Vaccination in Bombay 1856-1862 - 1856-1862
Year: 1856
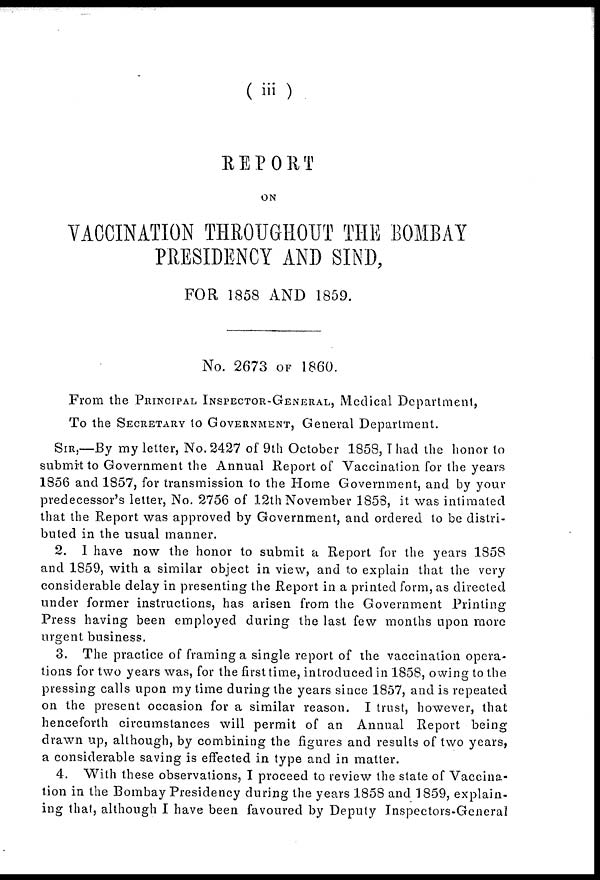
(iii)
REPORT
ON
VACCINATION THROUGHOUT THE BOMBAY
PRESIDENCY AND SIND,
FOR 1858 AND 1859.
No. 2673 OF 1860.
From the PRINCIPAL INSPECTOR-GENERAL, MEDICAL DEPARTMENT,
To the SECRETARY to GOVERNMENT, General Department.
SIR,—By my letter, No.2427 of 9th October 1858, I had the honor to
submit to Government the Annual Report of Vaccination for the years
1856 and 1857, for transmission to the Home Government, and by your
predecessor's letter, No. 2756 of 12th November 1858, it was intimated
that the Report was approved by Government, and ordered to be distri-
buted in the usual manner.
2. I have now the honor to submit a Report for the years 1858
and 1859, with a similar object in view, and to explain that the very
considerable delay in presenting the Report in a printed form, as directed
under former instructions, has arisen from the Government Printing
Press having been employed during the last few months upon more
urgent business.
3. The practice of framing a single report of the vaccination opera-
tions for two years was, for the first time, introduced in 1858, owing to the
pressing calls upon my time during the years since 1857, and is repeated
on the present occasion for a similar reason. I trust, however, that
henceforth circumstances will permit of an Annual Report being
drawn up, although, by combining the figures and results of two years,
a considerable saving is effected in type and in matter.
4. With these observations, I proceed to review the state of Vaccina-
tion in the Bombay Presidency during the years 1858 and 1859, explain-
ing that, although I have been favoured by Deputy Inspectors-General